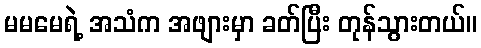
မမမေရဲ့ အသံက အဖျားမှာ ခတ်ပြီး တုန်သွားတယ်။